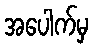
အပေါက်မှ